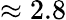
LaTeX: \approx 2.8